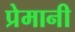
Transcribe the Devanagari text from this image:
प्रेमानी